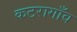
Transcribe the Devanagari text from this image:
कटरागाँव